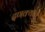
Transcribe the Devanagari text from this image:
दणक्यात